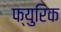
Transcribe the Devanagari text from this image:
फ्युरिक